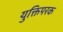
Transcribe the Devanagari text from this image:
युक्तिपरक